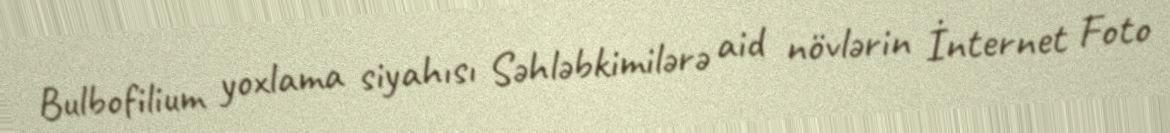
Bulbofilium yoxlama siyahısı Səhləbkimilərə aid növlərin İnternet Foto